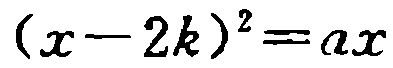
\((x - 2k)^2 = ax\)